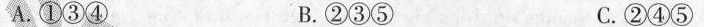
A.①③ B.②③⑤ C.②④⑤